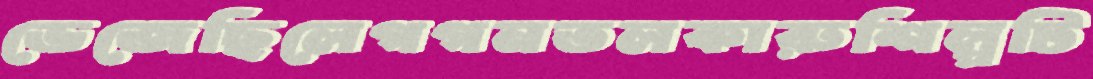
ভেজেছিলেগগনতলকারুশিল্পটি